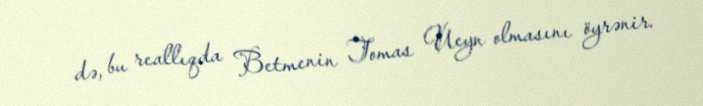
də, bu reallıqda Betmenin Tomas Ueyn olmasını öyrənir.